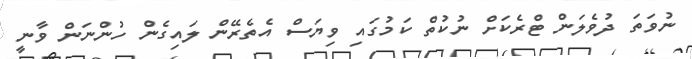
ނުވަތަ ދުވެލަން ޓްރެކަށް ނުކުތް ކަމުގައި ވިޔަސް އެތެރޭން ލައިގެން ހުންނަން ވާނީ